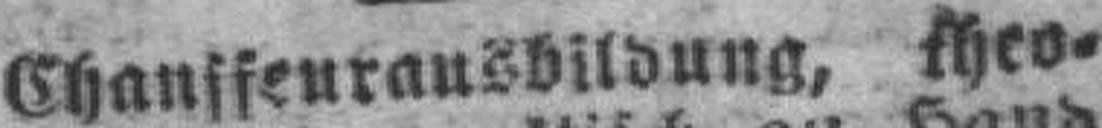
Chansfeurausbildung, theo¬